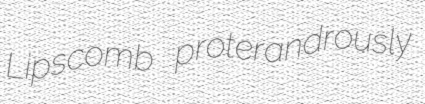
Lipscomb proterandrously